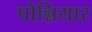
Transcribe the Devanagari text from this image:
पोन्नियार